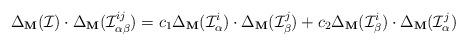
LaTeX: \begin{align*} \Delta_{\mathbf{M}}(\mathcal{I})\cdot\Delta_{\mathbf{M}}(\mathcal{I}_{\alpha\beta}^{ij}) = c_{1}\Delta_{\mathbf{M}}(\mathcal{I}_{\alpha}^{i})\cdot\Delta_{\mathbf{M}}(\mathcal{I}_{\beta}^{j})+c_{2}\Delta_{\mathbf{M}}(\mathcal{I}_{\beta}^{i})\cdot\Delta_{\mathbf{M}}(\mathcal{I}_{\alpha}^{j})\end{align*}